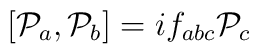
[{\cal P}_a,{\cal P}_b]=if_{abc}{\cal P}_c